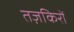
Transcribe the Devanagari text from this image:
तज़किरों